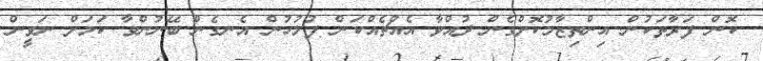
ކޮން ފަރާތަކުން އިންތިޒާމުކޮށްގެން ދުއްވާ އެއްޗެއްކަން ފުލުހުން އެނގެން ބޭނުންވާ ކަމަށް ނަވީން